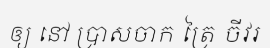
ឲ្យ នៅ ប្រាសចាក ត្រៃ ចីវរ